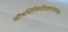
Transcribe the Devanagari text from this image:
औषधिनिर्माणशास्त्राच्या